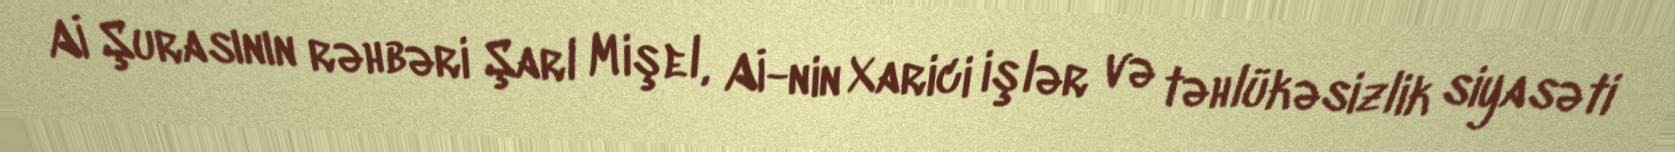
Aİ Şurasının rəhbəri Şarl Mişel, Aİ-nin Xarici işlər və təhlükəsizlik siyasəti